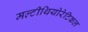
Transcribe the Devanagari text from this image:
मल्टीथियोरेटिकल